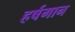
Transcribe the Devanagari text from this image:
हर्षगान